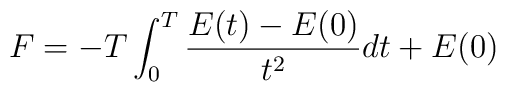
F=-T\int_0^T {E(t)-E(0)\over t^2} dt+E(0)